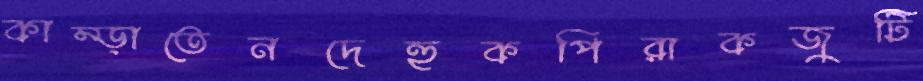
কাম্‌ড়াতেনদেহুকপিরাকজুটি